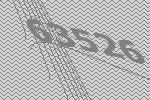
63526